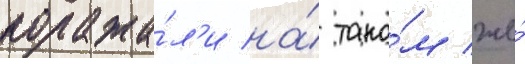
поража́л'и на́ тако́м же́